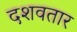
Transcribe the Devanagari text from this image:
दशवतार